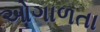
ઓગાળતા